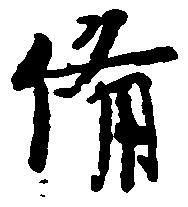
備